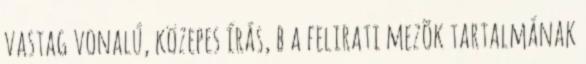
vastag vonalú, közepes írás, b a felirati mezõk tartalmának